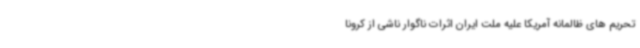
تحریم های ظالمانه آمریکا علیه ملت ایران اثرات ناگوار ناشی از کرونا